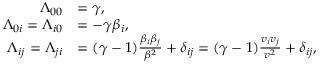
{ \begin{array} { r l } { \Lambda _ { 0 0 } } & { = \gamma , } \\ { \Lambda _ { 0 i } = \Lambda _ { i 0 } } & { = - \gamma \beta _ { i } , } \\ { \Lambda _ { i j } = \Lambda _ { j i } } & { = ( \gamma - 1 ) { \frac { \beta _ { i } \beta _ { j } } { \beta ^ { 2 } } } + \delta _ { i j } = ( \gamma - 1 ) { \frac { v _ { i } v _ { j } } { v ^ { 2 } } } + \delta _ { i j } , } \end{array} }